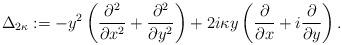
LaTeX: \begin{align*}\Delta_{2\kappa}:= -y^2\left(\frac{\partial^2}{\partial x^2}+\frac{\partial^2}{\partial y^2}\right)+2i\kappa y\left(\frac{\partial}{\partial x}+i\frac{\partial}{\partial y}\right).\end{align*}